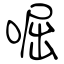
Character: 啒